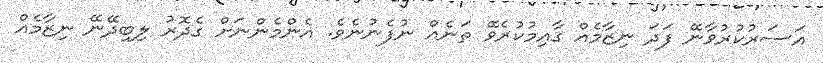
އަސަރުކުރުވާނޭ ފަދަ ނިޒާމެއް ގާއިމުކުރެވޭ ތަނެއް ނުފެނުނެވެ. އެންމެންނަށް ގެދޮރު ލިބިދޭނޭ ނިޒާމެއް